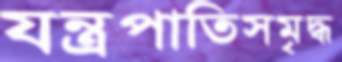
যন্ত্রপাতিসমৃদ্ধ